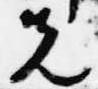
先